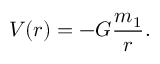
V ( r ) = - G { \frac { m _ { 1 } } { r } } .